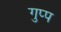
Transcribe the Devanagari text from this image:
गुप्प